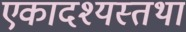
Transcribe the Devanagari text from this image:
एकादश्यस्तथा